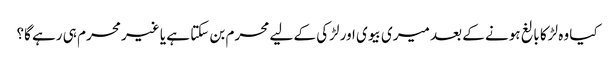
کیا وہ لڑکا بالغ ہونے کے بعد میری بیوی اور لڑکی کے لیے محرم بن سکتا ہے یا غیر محرم ہی رہے گا؟